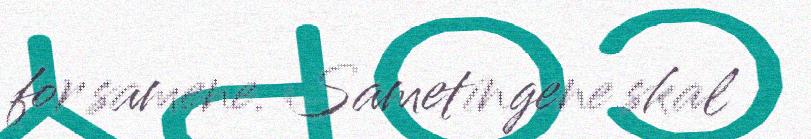
for samene. Sametingene skal